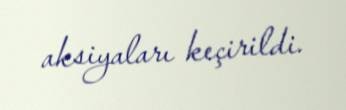
aksiyaları keçirildi.